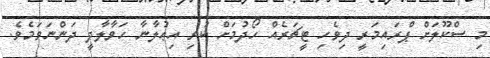
މި ސްކޫލަށް ޕްރައިމަރީ ދިވެހި ޓީޗަރެއް ހޯދުމަށް ކުރި އިޢުލާނާ ހަވާލާދީ ދަންނަވަމެވެ.